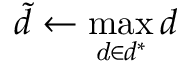
\tilde { d } \gets \operatorname* { m a x } _ { \mathit { d } \in d ^ { * } } d